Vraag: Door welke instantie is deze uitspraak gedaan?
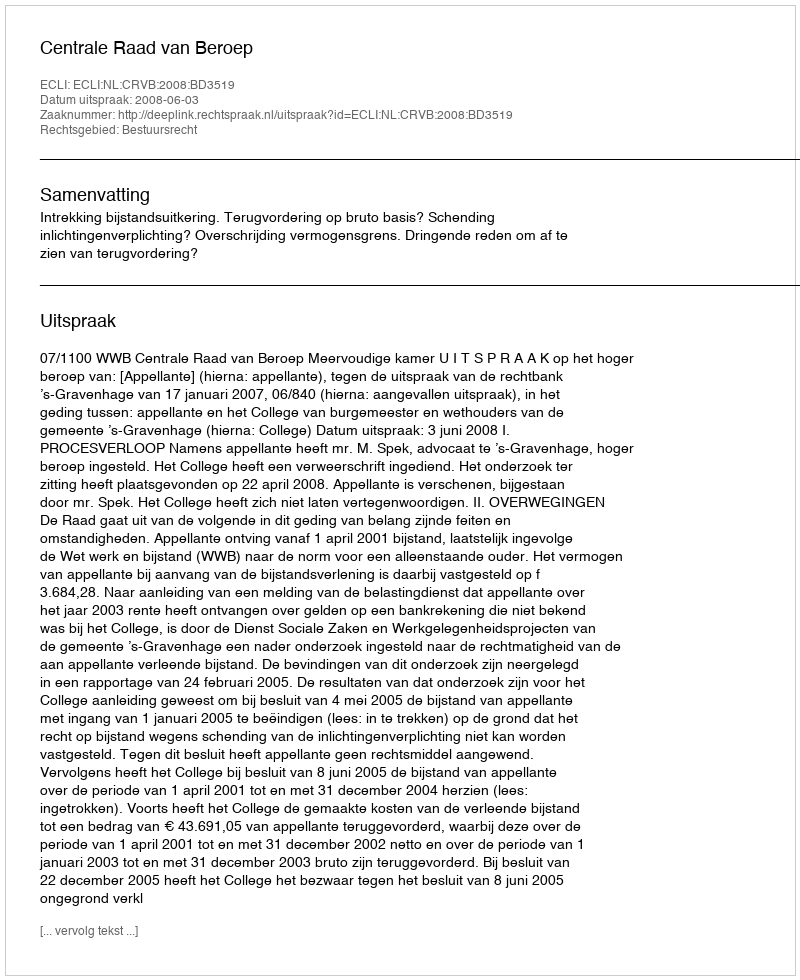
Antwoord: Centrale Raad van Beroep